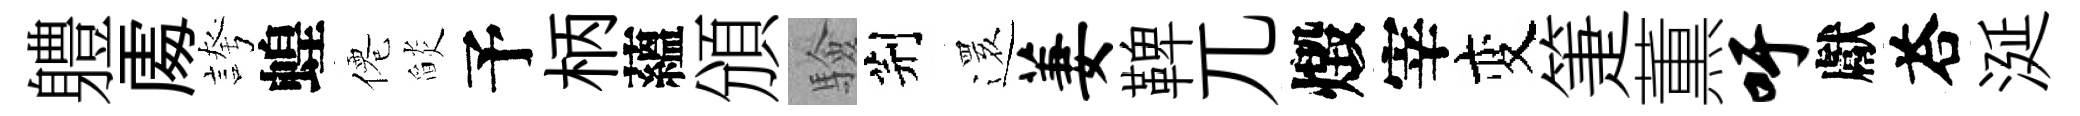
軆𠁅誇蝗僊𦦨予柄蘊頒驗荆𮟃萋鞞兀燬宰变箑薫吁獻荅涎